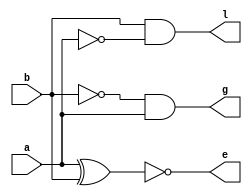
module comp_1b(a,b,g,e,l);
     input a,b;
	   output g,e,l;
	   wire w1,w2;
	 
    not n1 (w1,a);	//w1 = ~a
    not n2 (w2,b);	 //w2 = ~b
    xnor x1(e,a,b);
    and a1(g,w2,a);
    and a2(l,b,w1);

endmodule